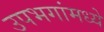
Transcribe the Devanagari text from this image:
उपभगांमध्ये